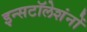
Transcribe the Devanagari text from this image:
इन्सटॉलेशंनों